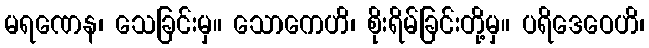
မရဏေန၊ သေခြင်းမှ။ သောကေဟိ၊ စိုးရိမ်ခြင်းတို့မှ။ ပရိဒေဝေဟိ၊